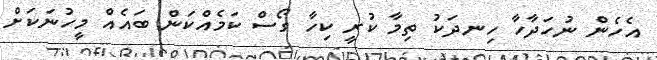
އެހެން ނުހަދާހާ ހިނދަކު ތިމާ ކުރީ ކިހާ ގޯސް ކަމެއްކަން ބައެއް މީހުނަކަށް